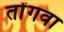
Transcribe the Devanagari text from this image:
तोंगवा